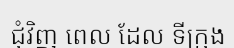
ជុំវិញ ពេល ដែល ទីក្រុង